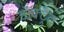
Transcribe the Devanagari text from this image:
डॉक्ट्रैट